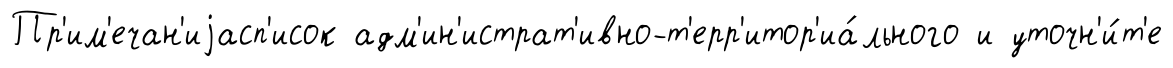
Пр'им'ечан'иjасп'исок адм'ин'истрат'ивно-т'ерр'итор'иа́льного и уточн'и́т'е